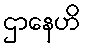
ဌာနေဟိ